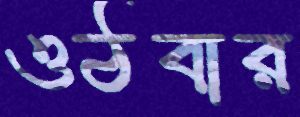
ওঠবার